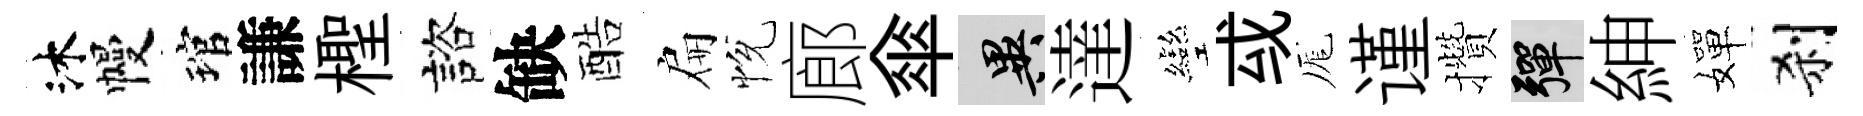
沐幔琯謙檉諮缺酷扁恱廊傘异達彎㦯厖谨攢彈紳嬋刹